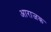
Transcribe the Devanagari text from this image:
आराजक